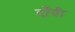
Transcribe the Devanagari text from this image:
दाँयी